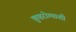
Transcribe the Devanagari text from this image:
कुष्ठरोग्याशी